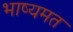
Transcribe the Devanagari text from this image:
भाष्यमत